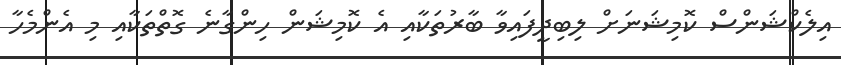
އިލެކްޝަންސް ކޮމިޝަނަށް ލިބިދީފައިވާ ބާރުތަކާއި އެ ކޮމިޝަން ހިންގާނެ ގޮތްތަކާއި މި އެންމެހާ